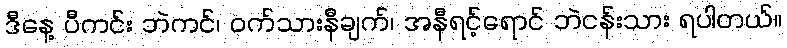
ဒီနေ့ ပီကင်း ဘဲကင်၊ ဝက်သားနီချက်၊ အနီရင့်ရောင် ဘဲငန်းသား ရပါတယ်။